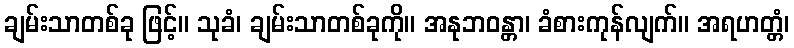
ချမ်းသာတစ်ခု ဖြင့်။ သုခံ၊ ချမ်းသာတစ်ခုကို။ အနုဘဝန္တာ၊ ခံစားကုန်လျက်။ အရဟတ္တံ၊